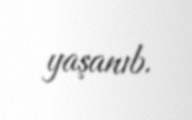
yaşanıb.